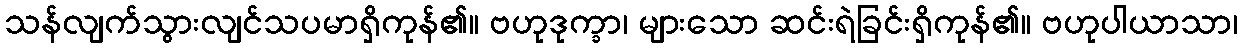
သန်လျက်သွားလျင်သပမာရှိကုန်၏။ ဗဟုဒုက္ခာ၊ များသော ဆင်းရဲခြင်းရှိကုန်၏။ ဗဟုပါယာသာ၊